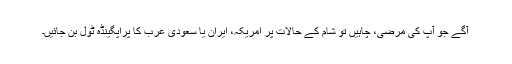
آگے جو آپ کی مرضی، چاہیں تو شام کے حالات پر امریکہ، ایران یا سعودی عرب کا پراپگینڈہ ٹول بن جائیں۔